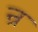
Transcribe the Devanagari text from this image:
न्र